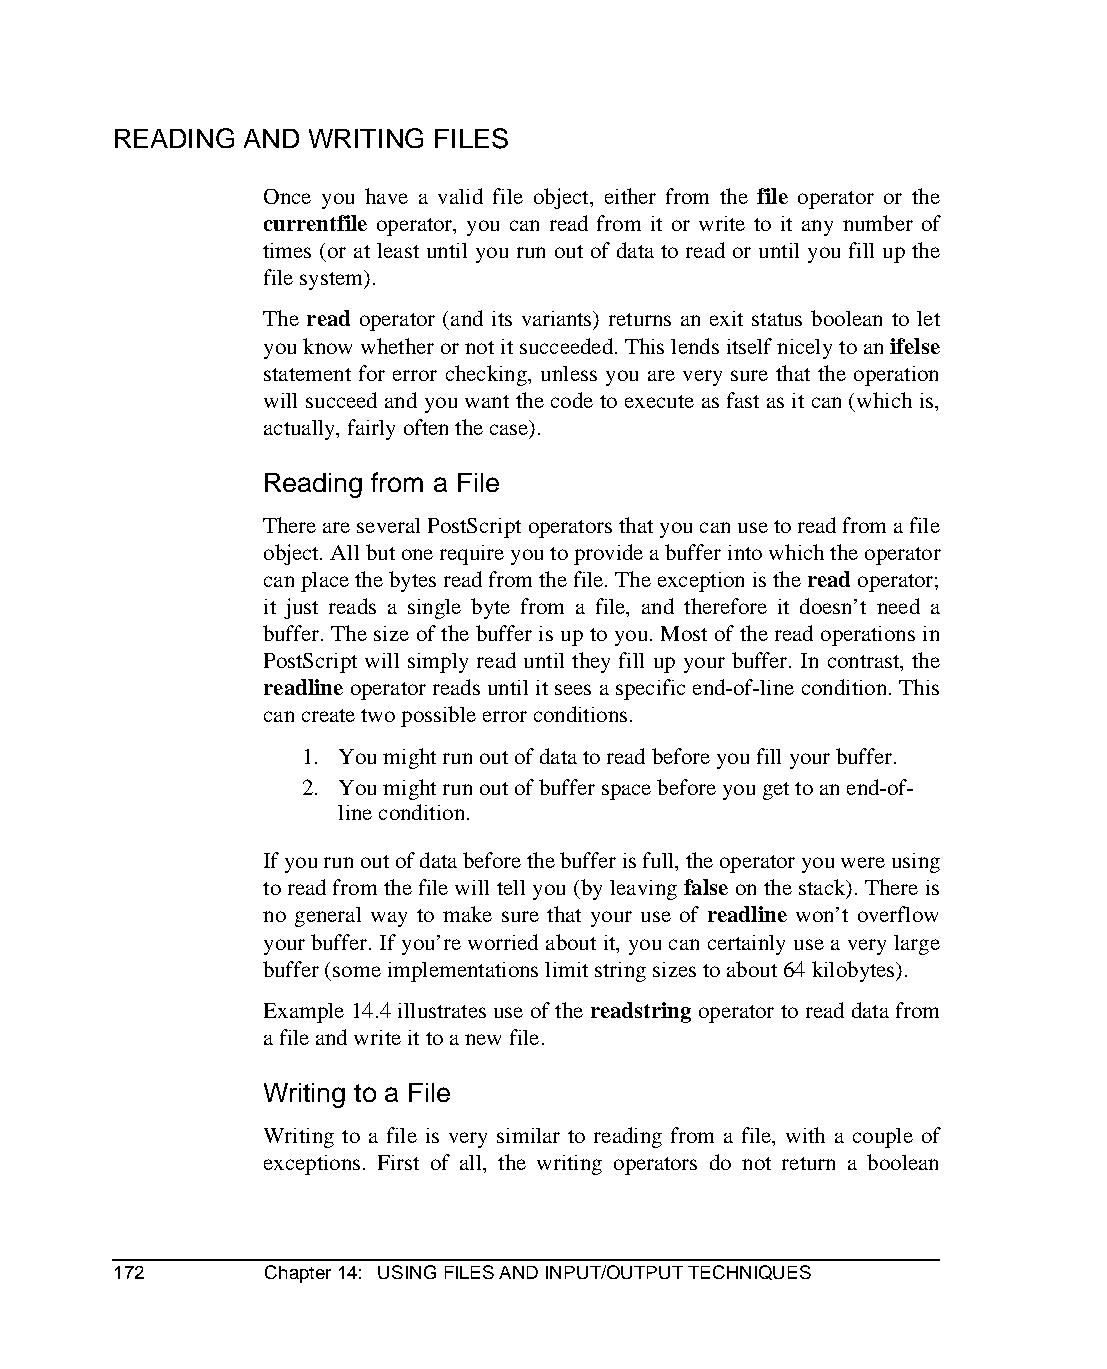
READING  AND WRITING FILES
 Once you have a valid file object, either from the file operator or the
 currentfile operator, you can read from it or write to it any number of
 times (or at least until you run out of data to read or until you fill up the
 file system).
 The read operator (and its variants) returns an exit status boolean to let
 you know whether or not it succeeded. This lends itself nicely to an ifelse
 statement for error checking, unless you are very sure that the operation
 will succeed and you want the code to execute as fast as it can (which is,
 actually, fairly often the case).
 Reading from a File
 There are several PostScript operators that you can use to read from a file
 object. All but one require you to provide a buffer into which the operator
 can place the bytes read from the file. The exception is the read operator;
 it just reads a single byte from a file, and therefore it doesn’t need a
 buffer. The size of the buffer is up to you. Most of the read operations in
 PostScript will simply read until they fill up your buffer. In contrast, the
 readline operator reads until it sees a specific end-of-line condition. This
 can create two possible error conditions.
 1. You might run out of data to read before you fill your buffer.
 2. You might run out of buffer space before you get to an end-of-
 line condition.
 If you run out of data before the buffer is full, the operator you were using
 to read from the file will tell you (by leaving false on the stack). There is
 no general way to make sure that your use of readline won’t overflow
 your buffer. If you’re worried about it, you can certainly use a very large
 buffer (some implementations limit string sizes to about 64 kilobytes).
 Example 14.4 illustrates use of the readstring operator to read data from
 a file and write it to a new file.
 Writing to a File
 Writing to a file is very similar to reading from a file, with a couple of
 exceptions. First of all, the writing operators do not return a boolean
 172       Chapter 14: USING FILES AND INPUT/OUTPUT TECHNIQUES